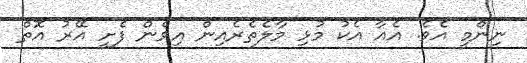
ނިންމީ އެވެ. އެއާ އެކު މުޅި މާލެތެރެއިން އިވެން ފެށީ އޭރު އޮތް